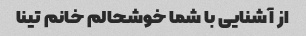
از آشنایی با شما خوشحالم خانم تینا